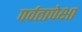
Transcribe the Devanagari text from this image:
पर्वतापेक्षा